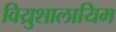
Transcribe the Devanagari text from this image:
विय्रुशालायिम